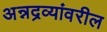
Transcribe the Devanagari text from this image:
अन्नद्रव्यांवरील